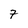
Character: 7